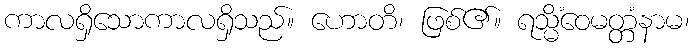
ကာလရှိသောကာလရှိသည်။ ဟောတိ၊ ဖြစ်၏။ ရသ္မိံဝေမတ္တံနာမ၊